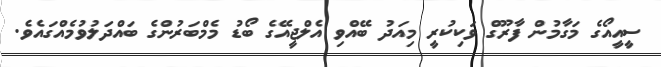
ސީއީއޯގެ މަގާމުން ފާރޫގް ވަކިކުރީ މިއަދު ބޭއްވި އެލްޖީއޭގެ ބޯޑު މެމްބަރުންގެ ބައްދަލުވުމެއްގައެވެ.